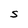
Character: S